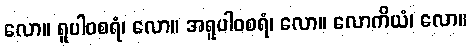
လော။ ရူပါဝစရံ၊ လော။ အရူပါဝစရံ၊ လော။ လောကိယံ၊ လော။